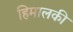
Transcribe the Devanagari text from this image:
हिमालकी